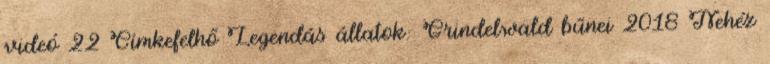
videó 22 Címkefelhő Legendás állatok: Grindelwald bűnei 2018 Nehéz